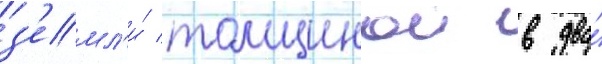
з'емл'и́ толщинои в два́